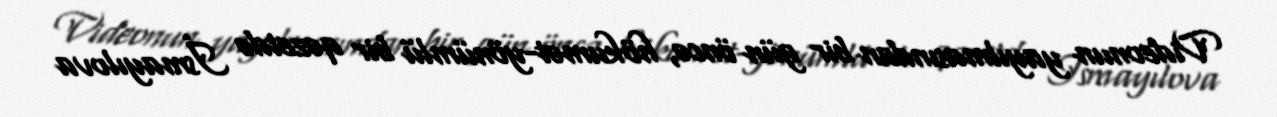
Videonun yayılmasından bir gün öncə, hökumət-yönümlü bir qəzetdə İsmayılova